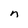
Character: n